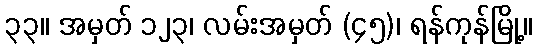
၃၃။ အမှတ် ၁၂၃၊ လမ်းအမှတ် (၄၅)၊ ရန်ကုန်မြို့။